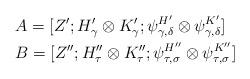
LaTeX: \begin{align*}& A=[Z';H_{\gamma}'\otimes K_{\gamma}'; \psi_{\gamma,\delta}^{H'}\otimes \psi_{\gamma,\delta}^{K'}] \\& B= [Z'';H_{\tau}''\otimes K_{\tau}''; \psi_{\tau,\sigma}^{H''}\otimes \psi_{\tau,\sigma}^{K''}]\end{align*}